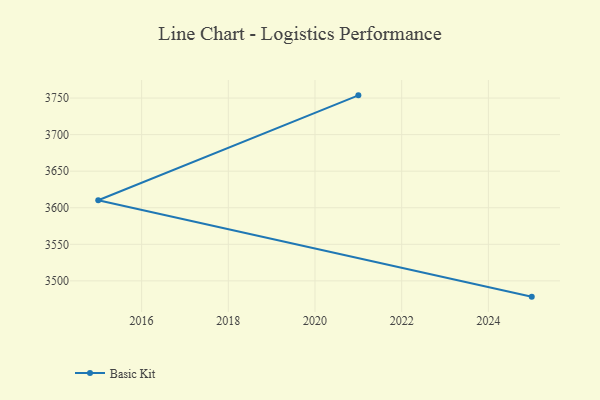
{"axis": {"x": "Year", "y": "Bounce Rate (%)"}, "legend": ["Basic Kit"], "data": [{"x": "2025", "y": 3478.4, "type": "Basic Kit"}, {"x": "2015", "y": 3610.3, "type": "Basic Kit"}, {"x": "2021", "y": 3753.7, "type": "Basic Kit"}]}